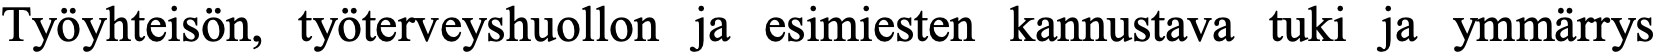
Työyhteisön, työterveyshuollon ja esimiesten kannustava tuki ja ymmärrys